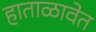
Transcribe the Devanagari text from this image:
हाताळावेत